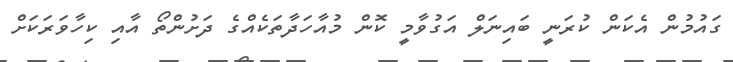
ގައުމުން އެކަން ކުރަނީ ބައިނަލް އަގުވާމީ ކޮން މުއާހަދާތަކެއްގެ ދަށުންތޯ އާއި ކިހާވަރަކަށް